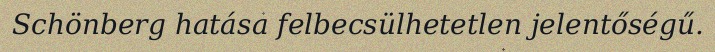
Schönberg hatása felbecsülhetetlen jelentőségű.